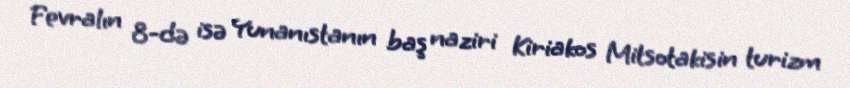
Fevralın 8-də isə Yunanıstanın baş naziri Kiriakos Mitsotakisin turizm